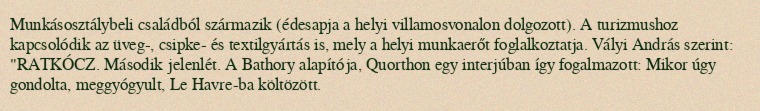
Munkásosztálybeli családból származik (édesapja a helyi villamosvonalon dolgozott). A turizmushoz kapcsolódik az üveg-, csipke- és textilgyártás is, mely a helyi munkaerőt foglalkoztatja. Vályi András szerint: "RATKÓCZ. Második jelenlét. A Bathory alapítója, Quorthon egy interjúban így fogalmazott: Mikor úgy gondolta, meggyógyult, Le Havre-ba költözött.